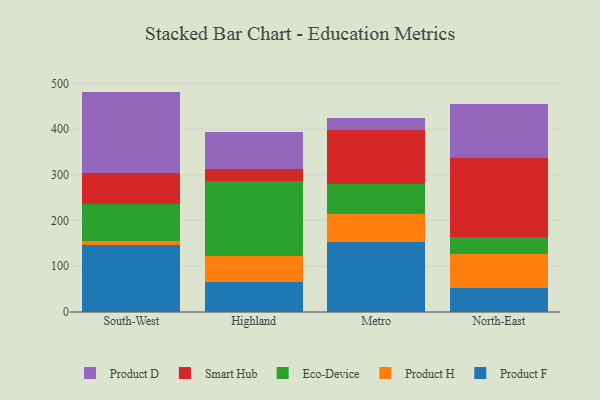
{"axis": {"x": "Region", "y": "Latency (ms)"}, "legend": ["Eco-Device", "Product D", "Product F", "Product H", "Smart Hub"], "data": [{"x": "South-West", "y": 145.7, "type": "Product F"}, {"x": "South-West", "y": 8.7, "type": "Product H"}, {"x": "South-West", "y": 80.7, "type": "Eco-Device"}, {"x": "South-West", "y": 68.4, "type": "Smart Hub"}, {"x": "South-West", "y": 178.4, "type": "Product D"}, {"x": "Highland", "y": 65.5, "type": "Product F"}, {"x": "Highland", "y": 57.0, "type": "Product H"}, {"x": "Highland", "y": 163.3, "type": "Eco-Device"}, {"x": "Highland", "y": 26.0, "type": "Smart Hub"}, {"x": "Highland", "y": 82.2, "type": "Product D"}, {"x": "Metro", "y": 152.0, "type": "Product F"}, {"x": "Metro", "y": 62.8, "type": "Product H"}, {"x": "Metro", "y": 64.2, "type": "Eco-Device"}, {"x": "Metro", "y": 118.4, "type": "Smart Hub"}, {"x": "Metro", "y": 26.5, "type": "Product D"}, {"x": "North-East", "y": 51.6, "type": "Product F"}, {"x": "North-East", "y": 76.2, "type": "Product H"}, {"x": "North-East", "y": 35.5, "type": "Eco-Device"}, {"x": "North-East", "y": 172.9, "type": "Smart Hub"}, {"x": "North-East", "y": 118.7, "type": "Product D"}]}